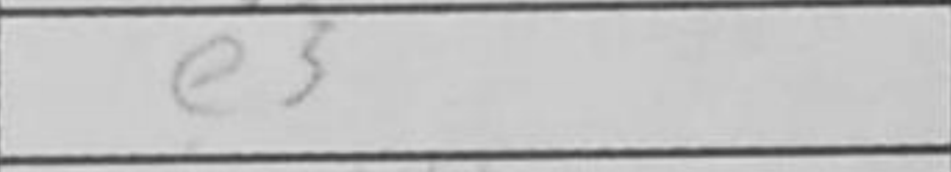
Transcription: e5